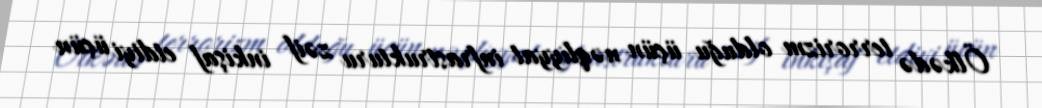
Ölkədə terrorizm olduğu üçün nəqliyyat infrastrukturu zəif inkişaf etdiyi üçün